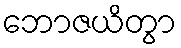
ဘောဇယိတွာ